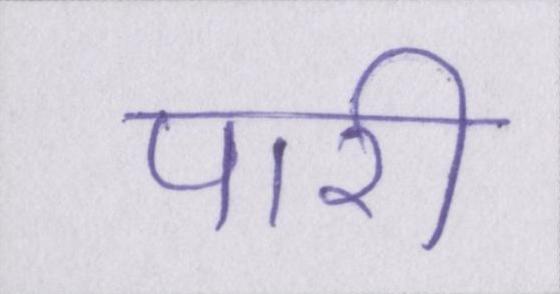
पारी